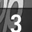
Digit: 3